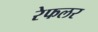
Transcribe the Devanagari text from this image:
रेफलर